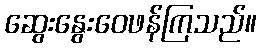
ဆွေးနွေးဝေဖန်ကြသည်။